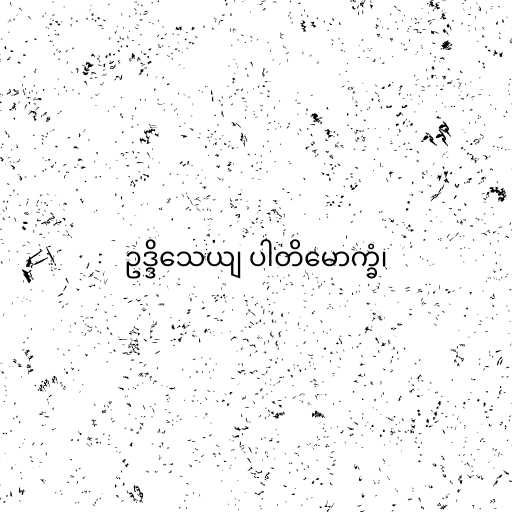
ဥဒ္ဒိသေယျ ပါတိမောက္ခံ၊